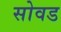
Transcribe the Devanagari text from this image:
सोवड